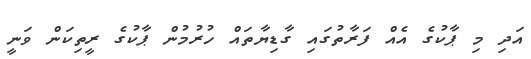
އަދި މި ޕާކުގެ އެއް ފަރާތުގައި ގާޑިޔާތައް ހުރުމުން ޕާކުގެ ރީތިކަން ވަނީ